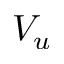
V _ { u }